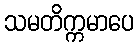
သမတိက္ကမာပေ